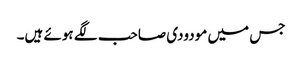
جس میں مودودی صاحب لگے ہوئے ہیں۔